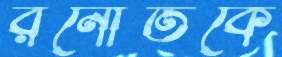
রনৌতকে